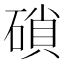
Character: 𥔭